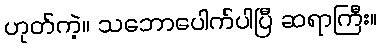
ဟုတ်ကဲ့။ သဘောပေါက်ပါပြီ ဆရာကြီး။